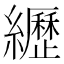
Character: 𦇔